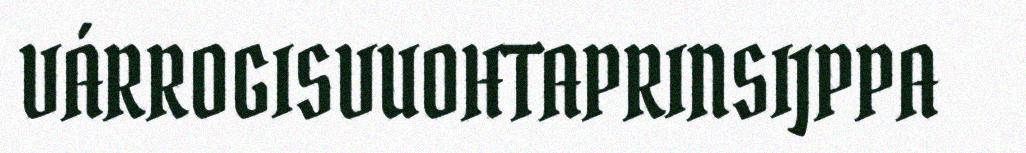
VÁRROGISVUOHTAPRINSIJPPA